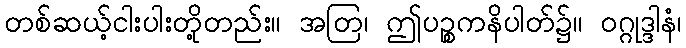
တစ်ဆယ့်ငါးပါးတို့တည်း။ အတြ၊ ဤပဉ္စကနိပါတ်၌။ ဝဂ္ဂုဒ္ဒါနံ၊